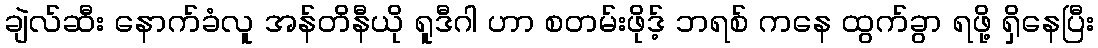
ချဲလ်ဆီး နောက်ခံလူ အန်တိနီယို ရူဒီဂါ ဟာ စတမ်းဖိုဒ့် ဘရစ် ကနေ ထွက်ခွာ ရဖို့ ရှိနေပြီး